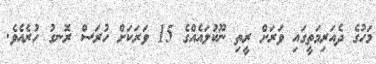
މަހުގެ ދެއަރިމަތީގައި ވަރަށް ރީތި ނޫކުލައެއްގެ 15 ވަރަކަށް ހުރަސް ރޮނގު ހުރެއެވެ.